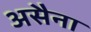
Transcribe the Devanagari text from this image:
असैना